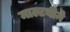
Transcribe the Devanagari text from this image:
माल्टबीने